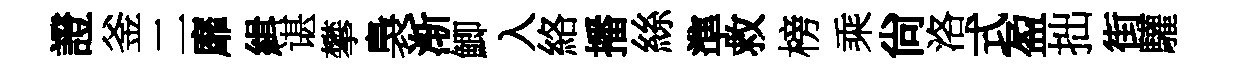
證釜二靡緝谌攀裊渐鯽入絡播絲準救榜乘尙洛式盈拙街驩